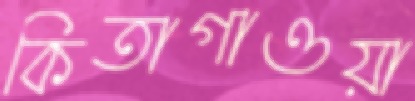
কিতাগাওয়া